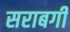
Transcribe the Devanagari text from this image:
सराबगी